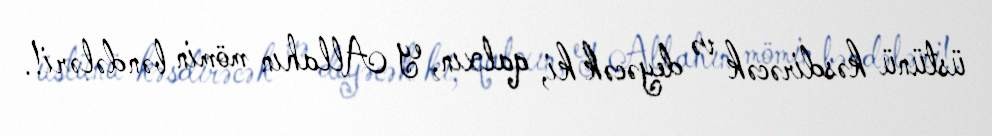
üstünü kəsdirəcək və deyəcək ki, qalxın, ey Allahın mömin bəndələri!.